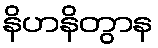
နိဟနိတွာန